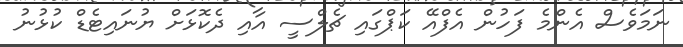
ނަމަވެސް އެންމެ ފަހުން އެފްއޭ ކަޕްގައި ޗެލްސީ އާއި ދެކޮޅަށް ޔުނައިޓެޑް ކުޅުނު